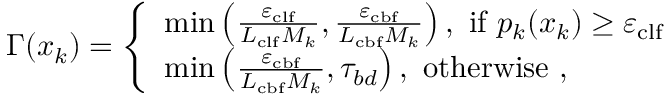
\begin{array} { r } { \Gamma ( x _ { k } ) = \left\{ \begin{array} { l l } { \operatorname* { m i n } \left( \frac { \varepsilon _ { \mathrm { c l f } } } { L _ { \mathrm { c l f } } M _ { k } } , \frac { \varepsilon _ { \mathrm { c b f } } } { L _ { \mathrm { c b f } } M _ { k } } \right) , \mathrm { ~ i f ~ } p _ { k } ( x _ { k } ) \geq \varepsilon _ { \mathrm { c l f } } } \\ { \operatorname* { m i n } \left( \frac { \varepsilon _ { \mathrm { c b f } } } { L _ { \mathrm { c b f } } M _ { k } } , \tau _ { b d } \right) , \mathrm { ~ o t h e r w i s e ~ } , } \end{array} \right. } \end{array}